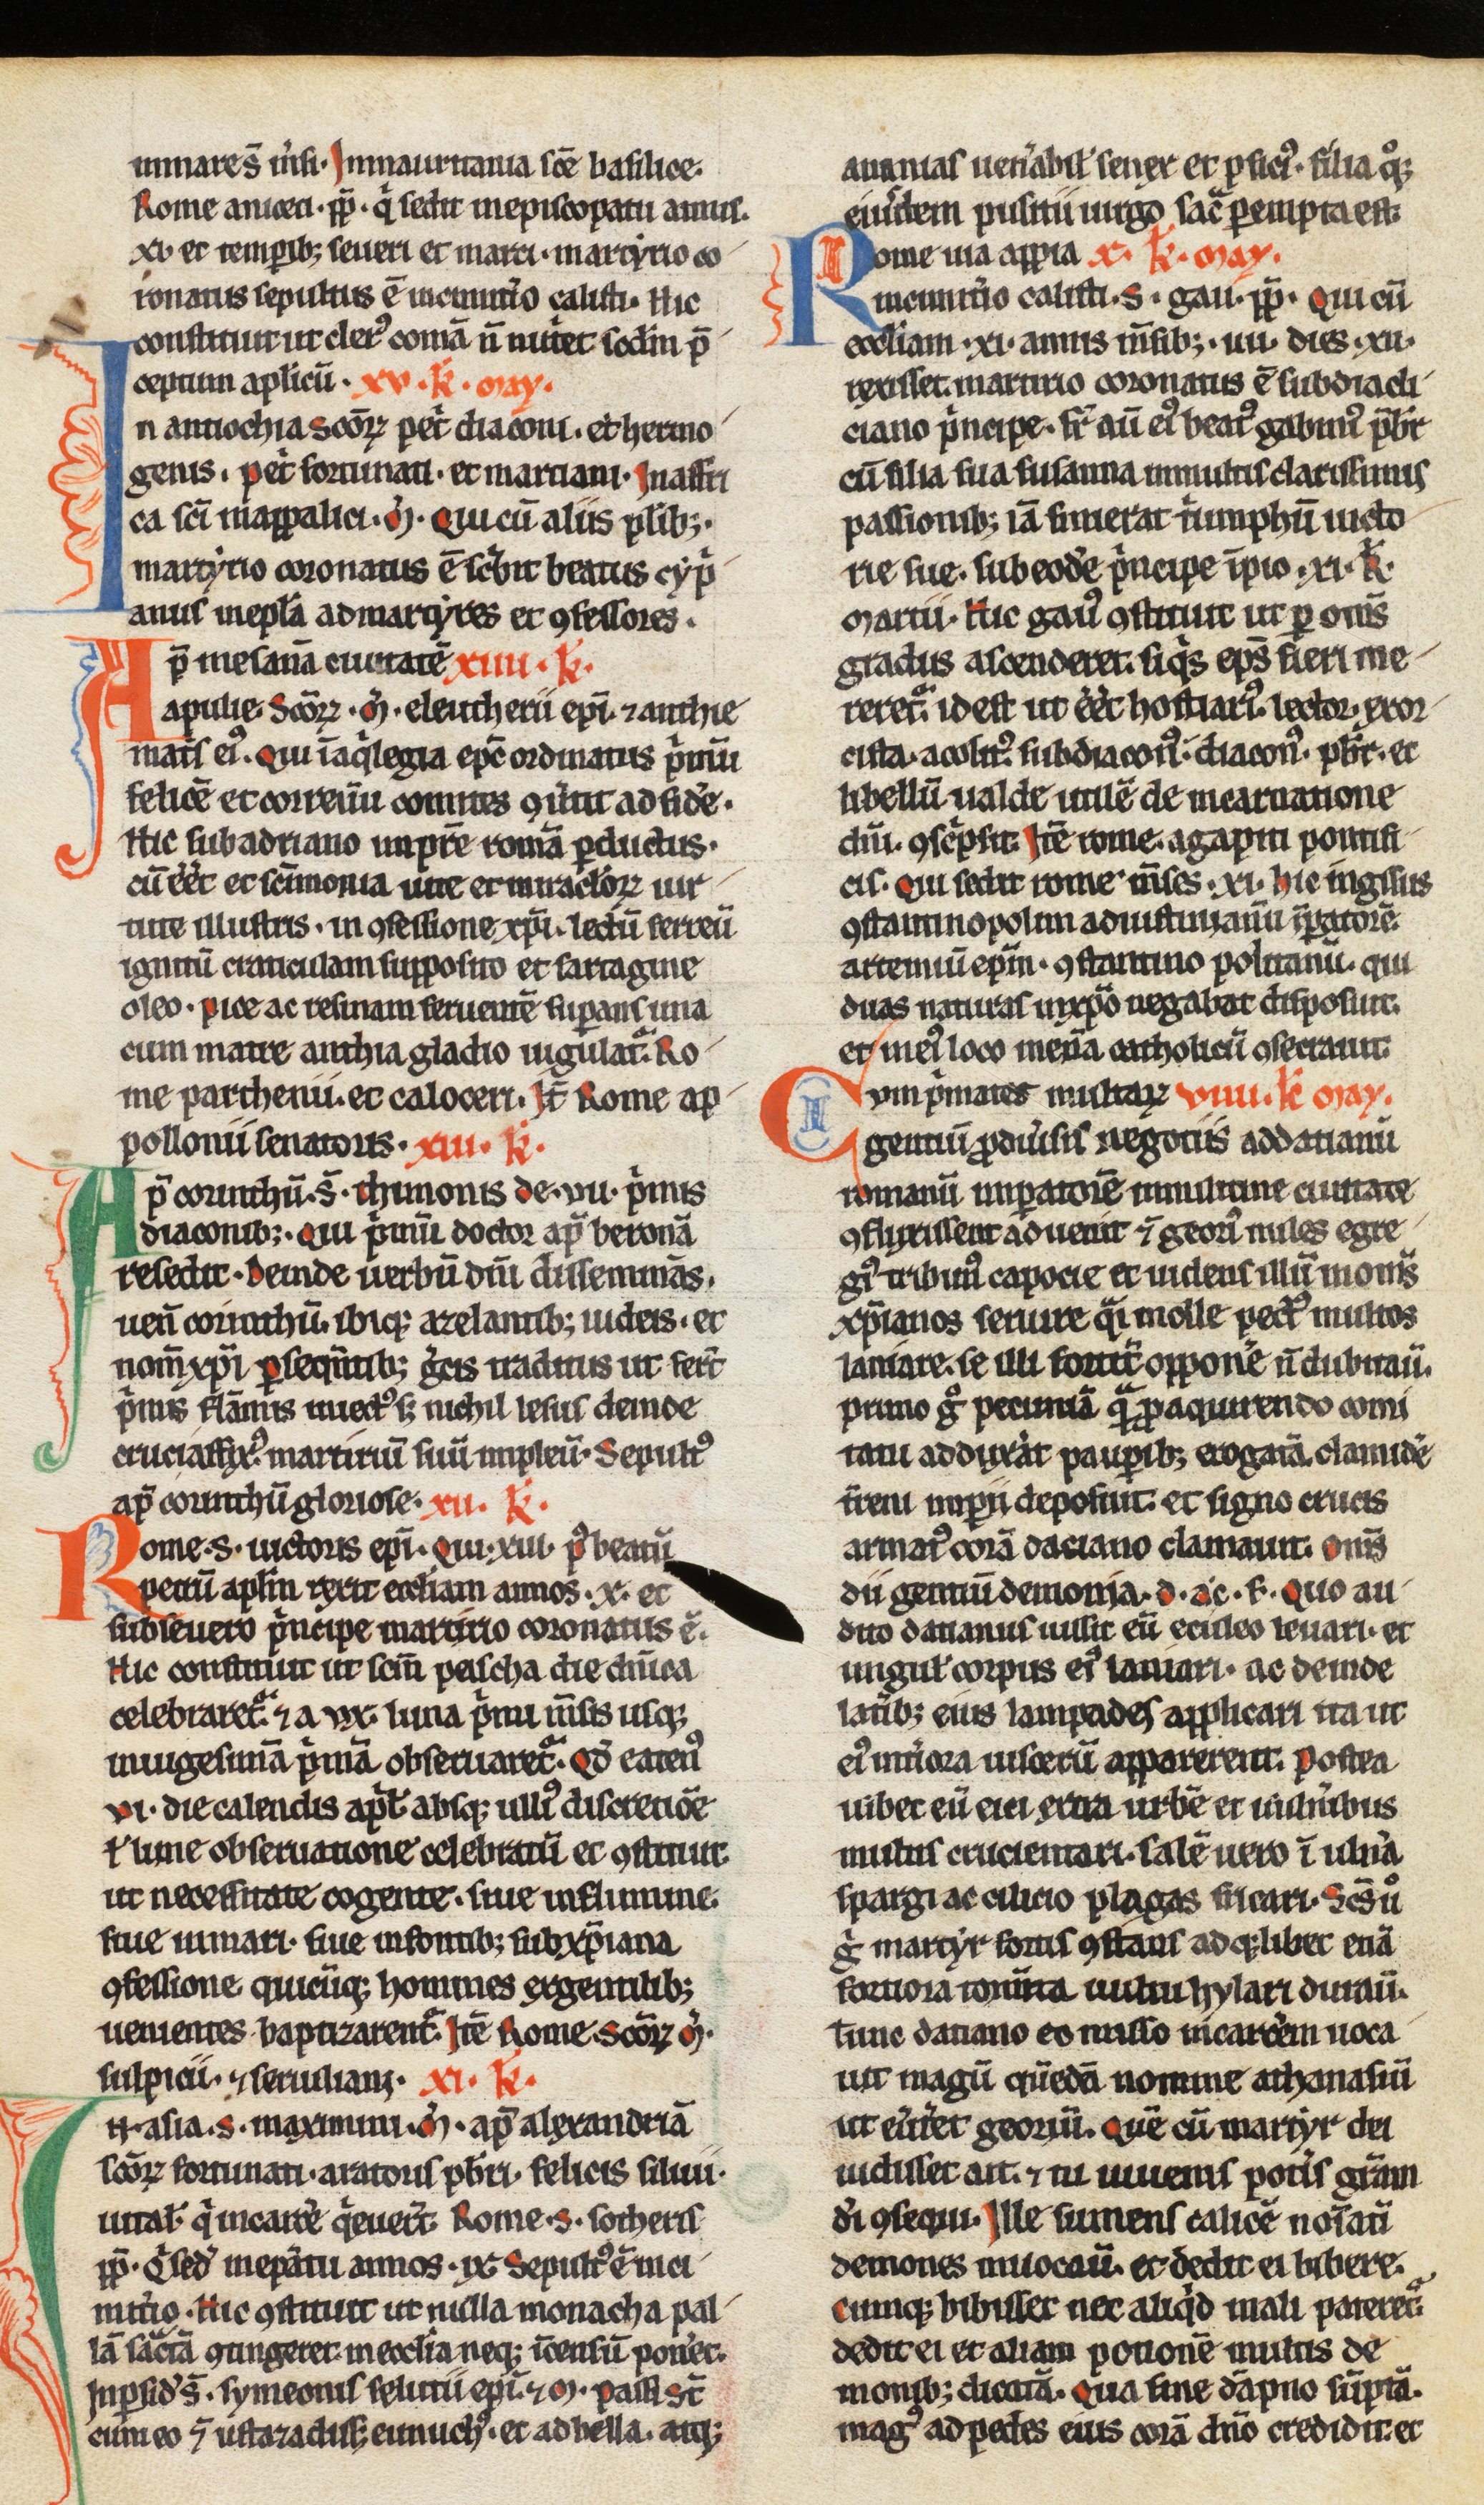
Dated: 1200–1249